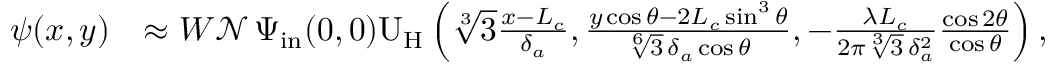
\begin{array} { r l } { \psi ( x , y ) } & { \approx W \mathcal { N } \, \Psi _ { \mathrm { i n } } ( 0 , 0 ) \mathrm { U } _ { \mathrm { H } } \left( \sqrt [ 3 ] { 3 } \frac { x - L _ { c } } { \delta _ { a } } , \frac { y \cos \theta - 2 L _ { c } \sin ^ { 3 } \theta } { \sqrt [ 6 ] { 3 } \, \delta _ { a } \cos \theta } , - \frac { \lambda L _ { c } } { 2 \pi \sqrt [ 3 ] { 3 } \, \delta _ { a } ^ { 2 } } \frac { \cos 2 \theta } { \cos \theta } \right) , } \end{array}